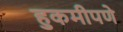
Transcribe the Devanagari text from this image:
हुकमीपणे